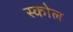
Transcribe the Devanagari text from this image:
स्कोल